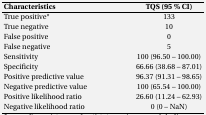
| Characteristics | TQS (95 % CI) |
 | --- | --- |
 | True positive* | 133 |
 | True negative | 10 |
 | False positive | 0 |
 | False negative | 5 |
 | Sensitivity | 100 (96.50 – 100.00) |
 | Specificity | 66.66 (38.68 – 87.01) |
 | Positive predictive value | 96.37 (91.31 – 98.65) |
 | Negative predictive value | 100 (65.54 – 100.00) |
 | Positive likelihood ratio | 26.60 (11.24 – 62.93) |
 | Negative likelihood ratio | 0 (0 – NaN) |